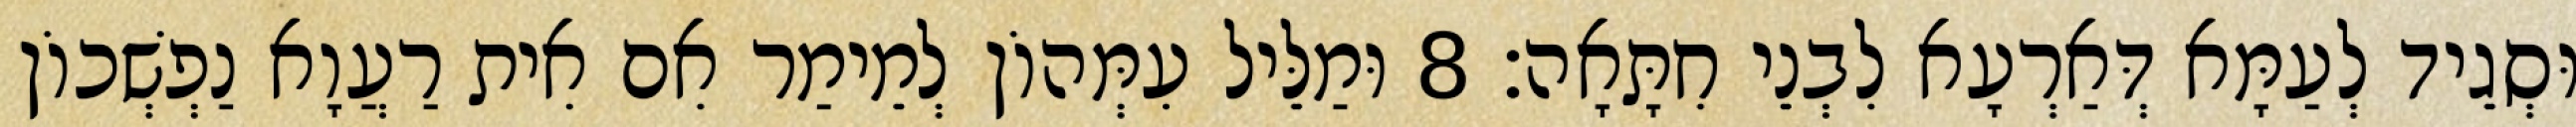
וּסְגֵיד לְעַמָּא דְּאַרְעָא לִבְנֵי חִתָּאָה׃ 8 וּמַלֵּיל עִמְּהוֹן לְמֵימַר אִם אִית רַעֲוָא נַפְשְׁכוֹן